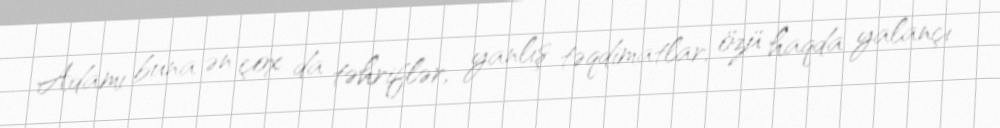
Adamı buna ən çox da təhriflər, yanlış təqdimatlar, özü haqda yalançı